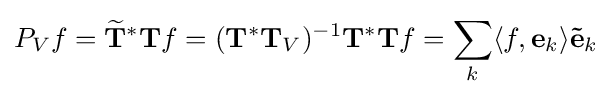
P_{V}f={\widetilde {\mathbf {T} }}^{*}\mathbf {T} f=(\mathbf {T} ^{*}\mathbf {T} _{V})^{-1}\mathbf {T} ^{*}\mathbf {T} f=\sum _{k}\langle f,\mathbf {e} _{k}\rangle \mathbf {\tilde {e}} _{k}